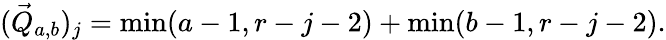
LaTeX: (\vec{Q}_{a,b})_{j}=\operatorname*{min}(a-1,r-j-2)+\operatorname*{min}(b-1,r-j-2).